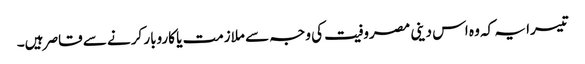
تیسرا یہ کہ وہ اس دینی مصروفیت کی وجہ سے ملازمت یا کاروبار کرنے سے قاصر ہیں۔